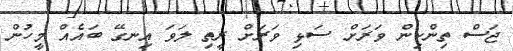
ޖަސް ތިންކިން ވަރަށް ސަޅި ވަރަށް ރީތި ލަވަ އިނގޭ ބައެއް މީހުން